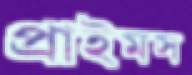
প্রাইমস